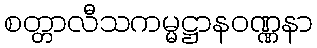
စတ္တာလီသကမ္မဋ္ဌာနဝဏ္ဏနာ